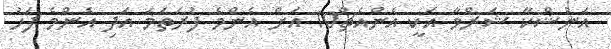
އަނުޝްކާ ޝަރްމާ އަކީ އެންއެޗް10 އަށް އެންމެ ފުރަތަމަ އަދި އެންމެ ފަހު